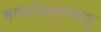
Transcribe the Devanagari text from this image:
ममाशेषमृणमाशु